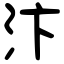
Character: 汴